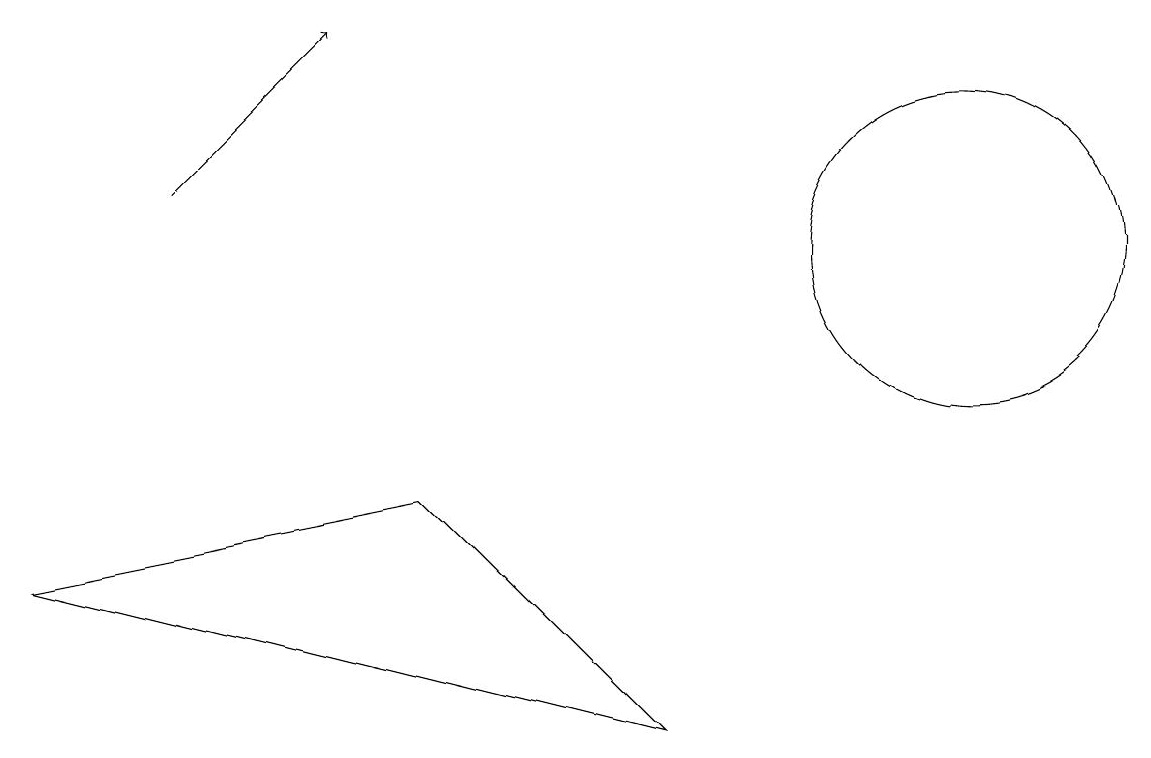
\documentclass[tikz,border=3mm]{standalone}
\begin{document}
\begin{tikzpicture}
\draw (10,10) circle (0);
\draw[->] (2,11) -- (4,13);
\draw (8,4) -- (0,6) -- (5,7) -- cycle;
\draw (12,10) circle (2);
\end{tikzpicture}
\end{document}